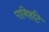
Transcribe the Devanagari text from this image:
पानिहटि